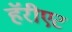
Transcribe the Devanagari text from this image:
हॅरीएट